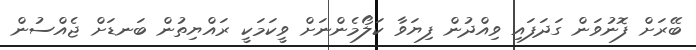
ބޭރަށް ފޮނުވަން ގަދަފައި ވިއްދުން ފިޔަވާ ކަލޯމެންނަށް ވީކަމަކީ ރައްޔިތުން ބަނޑަށް ޖެއްސުން